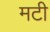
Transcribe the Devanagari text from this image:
मटी